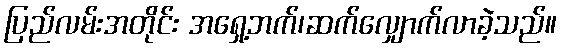
ပြည်လမ်းအတိုင်း အရှေ့ဘက်၊ဆက်လျှောက်လာခဲ့သည်။